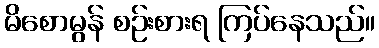
မိစောမွန် စဉ်းစားရ ကြပ်နေသည်။